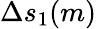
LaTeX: \Delta s_{1}(m)